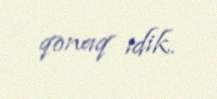
qonaq idik.